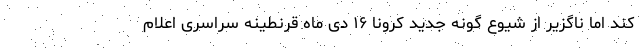
کند اما ناگزیر از شیوع گونه جدید کرونا ۱۶ دی ماه قرنطینه سراسری اعلام